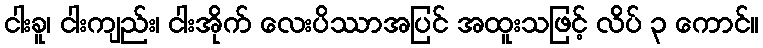
ငါးခူ၊ ငါးကျည်း၊ ငါးအိုက် လေးပိဿာအပြင် အထူးသဖြင့် လိပ် ၃ ကောင်။